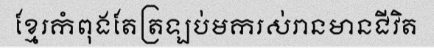
ខ្មែរកំពុងតែត្រឡប់មករស់រានមានជីវិត